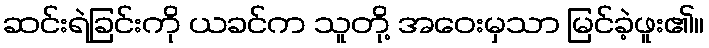
ဆင်းရဲခြင်းကို ယခင်က သူတို့ အဝေးမှသာ မြင်ခဲ့ဖူး၏။